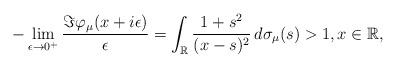
LaTeX: \begin{align*}-\lim_{\epsilon\rightarrow0^+}\frac{\Im\varphi_\mu(x+i\epsilon)}{\epsilon}=\int_\mathbb{R}\frac{1+s^2}{(x-s)^2}\,d\sigma_{\mu}(s)>1,x\in\mathbb{R},\end{align*}